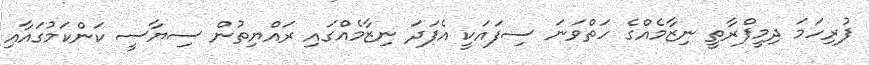
ފުރިހަމަ ދިމީފްރާތީ ނިޒާމެއްގެ ހަތްވަނަ ސިފައަކީ އެފަދަ ނިޒާމެއްގައި ރައްޔިތުން ސިޔާސީ ކަންކަމުގައާއި